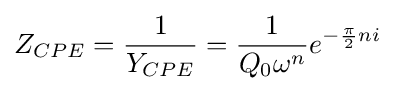
Z_{CPE}={\frac {1}{Y_{CPE}}}={\frac {1}{Q_{0}\omega ^{n}}}e^{-{\frac {\pi }{2}}ni}